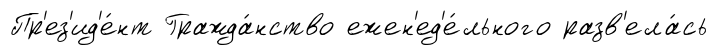
Пр'ез'ид'е́нт Гражда́нство ежен'ед'е́льного разв'ела́сь